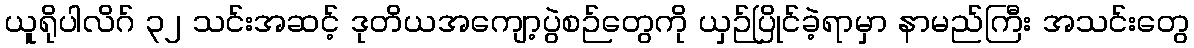
ယူရိုပါလိဂ် ၃၂ သင်းအဆင့် ဒုတိယအကျော့ပွဲစဉ်တွေကို ယှဉ်ပြိုင်ခဲ့ရာမှာ နာမည်ကြီး အသင်းတွေ